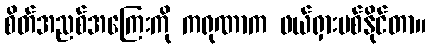
စိတ်အညစ်အကြေးကို ကရုဏာက ဖယ်ရှားပစ်နိုင်တာ။